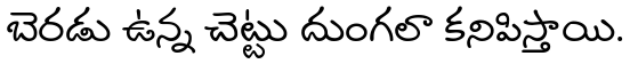
బెరడు ఉన్న చెట్టు దుంగలా కనిపిస్తాయి.